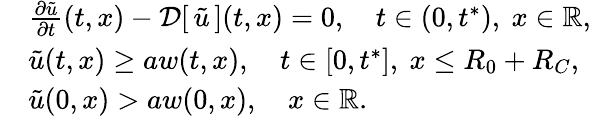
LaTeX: \begin{array}{rl}&{\frac{\partial\tilde{u}}{\partial t}(t,x)-{\mathcal{D}}[\, {\tilde{u}}\, ](t,x)=0,\quad t\in(0,t^{*}),\ x\in\mathbb{R},}\\ &{\tilde{u}(t,x)\ge aw(t,x),\quad t\in[0,t^{*}],\ x\le R_{0}+R_{C},}\\ &{\tilde{u}(0,x)>aw(0,x),\quad x\in\mathbb{R}.}\end{array}